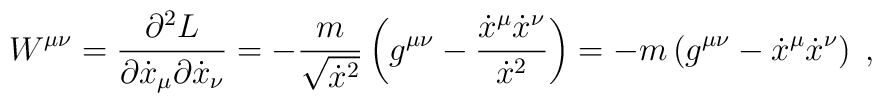
W^{\mu \nu} = \frac{\partial^2 L}{\partial \dot x_\mu \partial \dot  x_\nu} = - \frac{m}{\sqrt{\dot x^2}} \left( g^{\mu \nu} - \frac{\dot  x^\mu \dot x^\nu}{\dot x^2} \right) =  - m \left( g^{\mu \nu} - \dot  x^\mu \dot x^\nu \right)\; ,